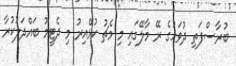
ބުރާސްފަތި ދުވަހުގެ ރޭ މާލޭގައި މި މެޗު ކުޅޭއިރު މި ދެޓީމު ބައްދަލުކުރާ